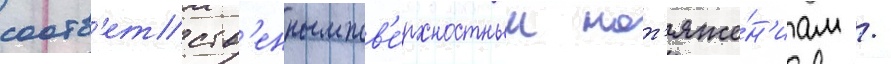
соотв'етств'енным пов'е́рхностным нат'яже́н'иам /